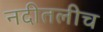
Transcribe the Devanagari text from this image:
नदीतलीच